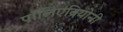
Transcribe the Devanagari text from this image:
पॉलिएंब्रियोनी